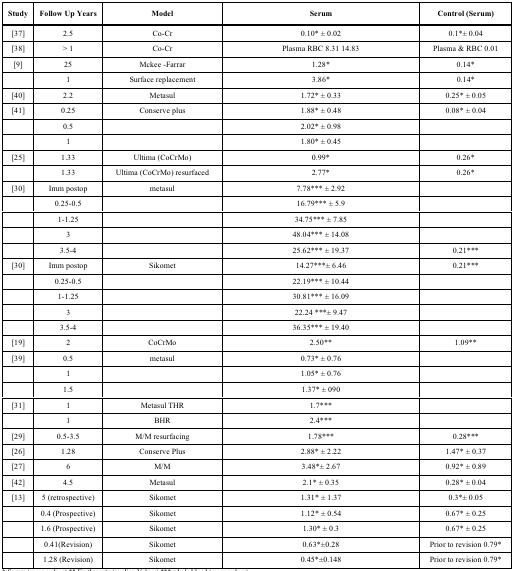
<table><thead><tr><td><b>Study</b></td><td><b>Follow Up Years</b></td><td><b>Model</b></td><td><b>Serum</b></td><td><b>Control (Serum)</b></td></tr></thead><tbody><tr><td>[37]</td><td>2.5</td><td>Co-Cr</td><td>0.10* ± 0.02</td><td>0.1*± 0.04</td></tr><tr><td>[38]</td><td>&gt; 1</td><td>Co-Cr</td><td>Plasma RBC 8.31 14.83</td><td>Plasma &amp; RBC 0.01</td></tr><tr><td>[9]</td><td>25</td><td>Mckee -Farrar</td><td>1.28*</td><td>0.14*</td></tr><tr><td></td><td>1</td><td>Surface replacement</td><td>3.86*</td><td>0.14*</td></tr><tr><td>[40]</td><td>2.2</td><td>Metasul</td><td>1.72* ± 0.33</td><td>0.25* ± 0.05</td></tr><tr><td>[41]</td><td>0.25</td><td>Conserve plus </td><td>1.88* ± 0.48</td><td>0.08* ± 0.04</td></tr><tr><td></td><td>0.5</td><td></td><td>2.02* ± 0.98</td><td></td></tr><tr><td></td><td>1</td><td></td><td>1.80* ± 0.45</td><td></td></tr><tr><td>[25]</td><td>1.33</td><td>Ultima (CoCrMo)</td><td>0.99*</td><td>0.26*</td></tr><tr><td></td><td>1.33</td><td>Ultima (CoCrMo) resurfaced</td><td>2.77*</td><td>0.26*</td></tr><tr><td>[30]</td><td>Imm postop</td><td>metasul</td><td>7.78*** ± 2.92</td><td></td></tr><tr><td></td><td>0.25-0.5</td><td></td><td>16.79*** ± 5.9</td><td></td></tr><tr><td></td><td>1-1.25</td><td></td><td>34.75*** ± 7.85</td><td></td></tr><tr><td></td><td>3</td><td></td><td>48.04*** ± 14.08</td><td></td></tr><tr><td></td><td>3.5-4</td><td></td><td>25.62*** ± 19.37</td><td>0.21***</td></tr><tr><td>[30]</td><td>Imm postop</td><td>Sikomet</td><td>14.27***± 6.46</td><td>0.21***</td></tr><tr><td></td><td>0.25-0.5</td><td></td><td>22.19*** ± 10.44</td><td></td></tr><tr><td></td><td>1-1.25</td><td></td><td>30.81*** ± 16.09</td><td></td></tr><tr><td></td><td>3</td><td></td><td>22.24 ***± 9.47</td><td></td></tr><tr><td></td><td>3.5-4</td><td></td><td>36.35*** ± 19.40</td><td></td></tr><tr><td>[19]</td><td>2</td><td>CoCrMo</td><td>2.50**</td><td>1.09**</td></tr><tr><td>[39]</td><td>0.5</td><td>metasul</td><td>0.73* ± 0.76</td><td></td></tr><tr><td></td><td>1</td><td></td><td>1.05* ± 0.76</td><td></td></tr><tr><td></td><td>1.5</td><td></td><td>1.37* ± 090</td><td></td></tr><tr><td>[31]</td><td>1</td><td>Metasul THR</td><td>1.7***</td><td></td></tr><tr><td></td><td>1</td><td>BHR</td><td>2.4***</td><td></td></tr><tr><td>[29]</td><td>0.5-3.5</td><td>M/M resurfacing</td><td>1.78***</td><td>0.28***</td></tr><tr><td>[26]</td><td>1.28</td><td>Conserve Plus</td><td>2.88* ± 2.22</td><td>1.47* ± 0.37</td></tr><tr><td>[27]</td><td>6</td><td>M/M</td><td>3.48*± 2.67</td><td>0.92* ± 0.89</td></tr><tr><td>[42]</td><td>4.5</td><td>Metasul</td><td>2.1* ± 0.35</td><td>0.28* ± 0.04</td></tr><tr><td>[13]</td><td>5 (retrospective)</td><td>Sikomet</td><td>1.31* ± 1.37</td><td>0.3*± 0.05</td></tr><tr><td></td><td>0.4 (Prospective)</td><td>Sikomet</td><td>1.12* ± 0.54</td><td>0.67* ± 0.25</td></tr><tr><td></td><td>1.6 (Prospective)</td><td>Sikomet</td><td>1.30* ± 0.3</td><td>0.67* ± 0.25</td></tr><tr><td></td><td>0.41(Revision)</td><td>Sikomet</td><td>0.63*±0.28</td><td>Prior to revision 0.79*</td></tr><tr><td></td><td>1.28 (Revision)</td><td>Sikomet</td><td>0.45*±0.148</td><td>Prior to revision 0.79*</td></tr></tbody></table>